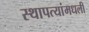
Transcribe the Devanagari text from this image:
स्थापत्यांमधली